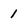
Character: 1